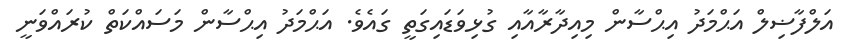
އަލްފާޟިލް އަޙްމަދު އިޙްސާން މިއިދާރާއާއި ގުޅިވަޑައިގަތީ ގައެވެ. އަޙްމަދު އިޙްސާން މަސައްކަތް ކުރައްވަނީ